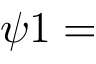
\psi 1 =